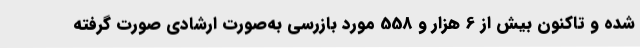
شده و تاکنون بیش از 6 هزار و 558 مورد بازرسی به‌صورت ارشادی صورت گرفته